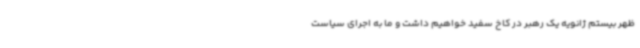
ظهر بیستم ژانویه یک رهبر در کاخ سفید خواهیم داشت و ما به اجرای سیاست